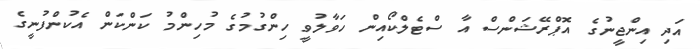
އަދި އިންޖީނުގެ އޮޕްރޭޝަންސް އާ ސްޓެލްކޯއިން ހަވާލުވީ ހިންގުމުގެ މުހިންމު ކަންކަން އެކުންފުނީގެ